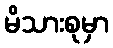
မိသားစုမှာ